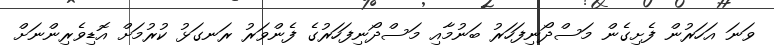
ވަނަ އަހަރުން ފެށިގެން މަސްދޯނިފަހަރު ބަނުމާއި މަސްދޯނިފަހަރުގެ ފެންވަރު ރަނގަޅު ކުރުމަށް އޮޑިވެރިންނަށް